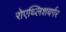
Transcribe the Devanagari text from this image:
रोएथ्लिशबर्गर